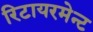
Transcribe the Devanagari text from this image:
रिटायरमेन्ट